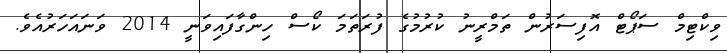
ވިކްޓިމް ސަޕޯޓް އޮފިސަރުން ތަމްރީނު ކުރުމުގެ ފުރަތަމަ ކޯސް ހިންގާފައިވަނީ 2014 ވަނައަހަރުއެވެ.